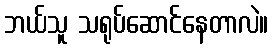
ဘယ်သူ သရုပ်ဆောင်နေတာလဲ။